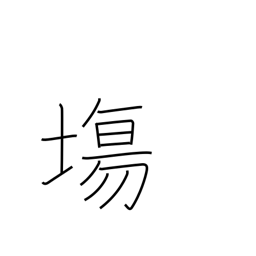
Meaning: open space